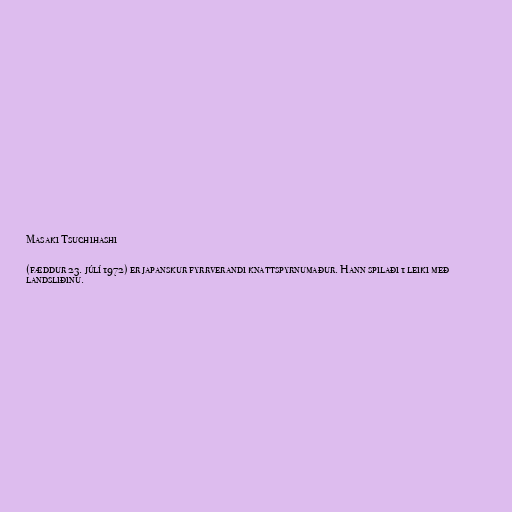
Masaki Tsuchihashi

(fæddur 23. júlí 1972) er japanskur fyrrverandi knattspyrnumaður. Hann spilaði 1 leiki með
landsliðinu.